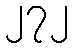
၂၇၂